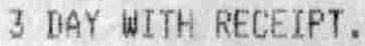
3 DAY WITH RECEIPT.